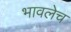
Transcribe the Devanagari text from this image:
भावलेच